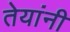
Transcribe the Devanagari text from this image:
तेयांनी